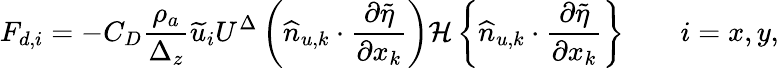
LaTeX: {F}_{d,i}=-C_{D}\frac{\rho_{a}}{\Delta_{z}}\widetilde{u}_{i}U^{\Delta}\left(\widehat{n}_{u,k}\cdot\frac{\partial\widetilde{\eta}}{\partial x_{k}}\right){\mathcal{H}\left\{ \widehat{n}_{u,k}\cdot\frac{\partial\widetilde{\eta}}{\partial x_{k}}\right\} }\qquad i=x,y,